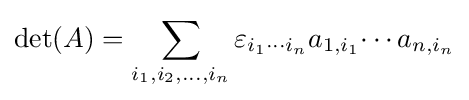
\det(A)=\sum _{i_{1},i_{2},\ldots ,i_{n}}\varepsilon _{i_{1}\cdots i_{n}}a_{1,i_{1}}\!\cdots a_{n,i_{n}}